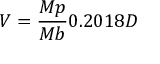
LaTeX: V = { \frac { M p } { M b } } 0 . 2 0 1 8 D